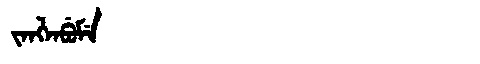
Manchu: ᠵᠠᠩᠯᠠᠪᡠᠮᡝ
Romanization: JANGLABUME